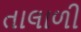
તાલાળી